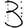
Digit: 3